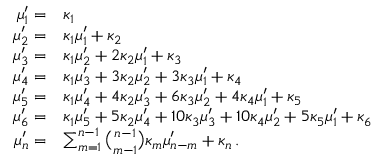
{ \begin{array} { r l } { \mu _ { 1 } ^ { \prime } = } & { \kappa _ { 1 } } \\ { \mu _ { 2 } ^ { \prime } = } & { \kappa _ { 1 } \mu _ { 1 } ^ { \prime } + \kappa _ { 2 } } \\ { \mu _ { 3 } ^ { \prime } = } & { \kappa _ { 1 } \mu _ { 2 } ^ { \prime } + 2 \kappa _ { 2 } \mu _ { 1 } ^ { \prime } + \kappa _ { 3 } } \\ { \mu _ { 4 } ^ { \prime } = } & { \kappa _ { 1 } \mu _ { 3 } ^ { \prime } + 3 \kappa _ { 2 } \mu _ { 2 } ^ { \prime } + 3 \kappa _ { 3 } \mu _ { 1 } ^ { \prime } + \kappa _ { 4 } } \\ { \mu _ { 5 } ^ { \prime } = } & { \kappa _ { 1 } \mu _ { 4 } ^ { \prime } + 4 \kappa _ { 2 } \mu _ { 3 } ^ { \prime } + 6 \kappa _ { 3 } \mu _ { 2 } ^ { \prime } + 4 \kappa _ { 4 } \mu _ { 1 } ^ { \prime } + \kappa _ { 5 } } \\ { \mu _ { 6 } ^ { \prime } = } & { \kappa _ { 1 } \mu _ { 5 } ^ { \prime } + 5 \kappa _ { 2 } \mu _ { 4 } ^ { \prime } + 1 0 \kappa _ { 3 } \mu _ { 3 } ^ { \prime } + 1 0 \kappa _ { 4 } \mu _ { 2 } ^ { \prime } + 5 \kappa _ { 5 } \mu _ { 1 } ^ { \prime } + \kappa _ { 6 } } \\ { \mu _ { n } ^ { \prime } = } & { \sum _ { m = 1 } ^ { n - 1 } { \binom { n - 1 } { m - 1 } } \kappa _ { m } \mu _ { n - m } ^ { \prime } + \kappa _ { n } \, . } \end{array} }